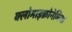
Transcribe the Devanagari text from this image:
क्लोमाइक्रोनेमिया